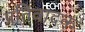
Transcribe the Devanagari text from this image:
प्रतिवादक